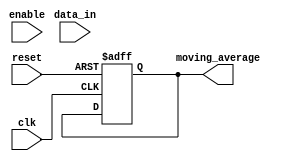
module moving_average_accumulator (
  input wire clk,
  input wire reset,
  input wire enable,
  input wire [7:0] data_in,
  output wire [7:0] moving_average
);

reg [15:0] sum;
reg [2:0] count;
reg [7:0] average;

always @(posedge clk or posedge reset) begin
  if (reset) begin
    sum <= 0;
    count <= 0;
    average <= 0;
  end else if (enable) begin
    sum <= sum + data_in;
    count <= count + 1;
    if (count == 8) begin
      average <= sum / 8;
      sum <= 0;
      count <= 0;
    end
  end
end

assign moving_average = average;

endmodule